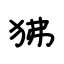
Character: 狒